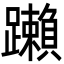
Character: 䠭